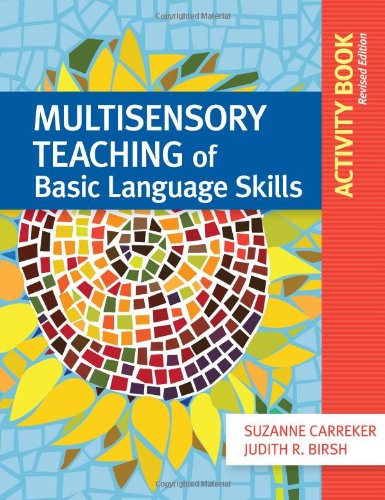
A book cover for Multisensory Teaching of Basic Language Skills Activity Book, Revised Edition; Suzanne Carreker "Ph.D.  CALT-QI"; Computers & Technology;